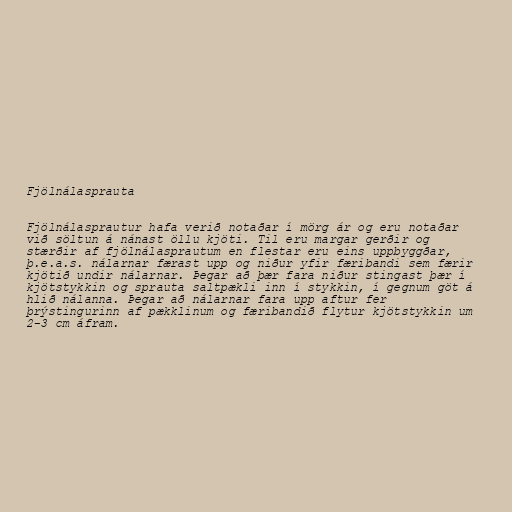
Fjölnálasprauta

Fjölnálasprautur hafa verið notaðar í mörg ár og eru notaðar
við söltun á nánast öllu kjöti. Til eru margar gerðir og
stærðir af fjölnálasprautum en flestar eru eins uppbyggðar,
þ.e.a.s. nálarnar færast upp og niður yfir færibandi sem færir
kjötið undir nálarnar. Þegar að þær fara niður stingast þær í
kjötstykkin og sprauta saltpækli inn í stykkin, í gegnum göt á
hlið nálanna. Þegar að nálarnar fara upp aftur fer
þrýstingurinn af pækklinum og færibandið flytur kjötstykkin um
2-3 cm áfram.